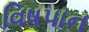
વિષપાન